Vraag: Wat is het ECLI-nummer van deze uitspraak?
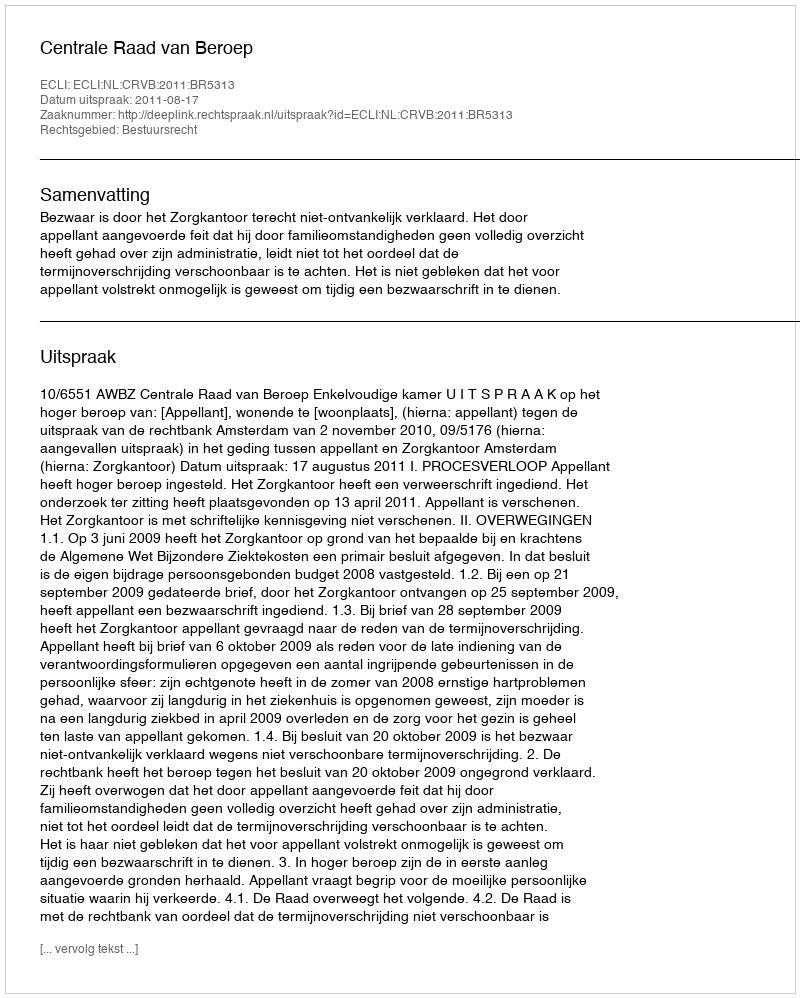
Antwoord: ECLI:NL:CRVB:2011:BR5313